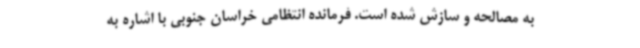
به مصالحه و سازش شده است. فرمانده انتظامی خراسان جنوبی با اشاره به